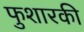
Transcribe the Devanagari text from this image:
फुशारकी